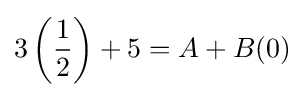
3\left({\frac {1}{2}}\right)+5=A+B(0)